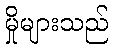
မှိုများသည်